Report of the Municipal Commissioner on the plague in Bombay for the year ending 31st May... - Volume 1
Disease focus: Plague
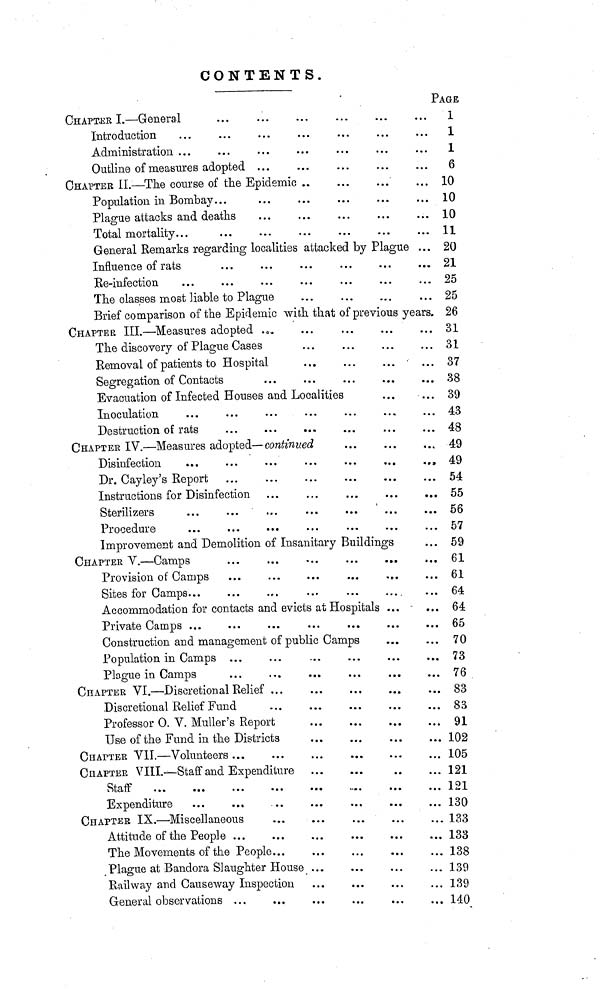
CONTENTS.
PAGE
CHAPTER I.—General
i
Introduction
...
...
...
...
...
...
... 1
Administration ...
...
...
...
...
...
... 1
Outline of measures adopted ...
...
...
...
...
6
CHAPTER II.—The course of the Epidemic ..
...
...
... 10
Population in Bombay...
10
Plague attacks and deaths
...
...
...
...
... 10
Total mortality...
...
...
...
...
...
... 11
General Remarks regarding localities attacked by Plague ... 20
Influence of rats
...
...
...
...
...
..„ 21
Ee-infection
...
...
...
...
...
...
... 25
The classes most liable to Plague
...
...
...
... 25
Brief comparison of the Epidemic with that of previous years. 26
CHAPTER III.—Measures adopted ...
...
31
The discovery of Plague Cases
31
Removal of patients to Hospital
...
...
...
... 37
Segregation of Contacts
...
...
...
...
... 38
Evacuation of Infected Houses and Localities
...
... 39
Inoculation
...
...
...
...
...
...
... 43
Destruction of rats
...
...
...
...
...
... 48
CHAPTER IV.—Measures adopted—continued
...
...
49
Disinfection
...
...
...
...
...
...
.,,49
Dr. Cayley's Report
54
Instructions for Disinfection ...
...
...
...
... 55
Sterilizers
...
...
...
...
...
...
... 56
Procedure
...
...
...
...
...
...
... 57
Improvement and Demolition of Insanitary Buildings
... 59
CHAPTER
V.—Camps
61
Provision of Camps ...
...
...
...
....
... 61
Sites for Camps...
...
...
...
...
...
... 64
Accommodation for contacts and evicts at Hospitals ...
... 64
Private Camps ...
...
...
...
...
...
... 65
Construction and management of public Camps
...
... 70
Population in Camps ...
...
...
...
...
... 73
Plague in Camps
76
CHAPTER VI.—Discretional Relief
83
Discretional Relief Fund
...
...
...
...
... 83
Professor 0. V. Muller's Report
91
Use of the Fund in the Districts
...
...
...
... 102
CHAPTER VII.—Volunteers...
...
...
...
...
... 105
CHAPTER VIII.—Staff and Expenditure
121
Staff
121
Expenditure
130
CHAPTER IX.—Miscellaneous
133
Attitude of the People ...
...
...
...
...
... 133
The Movements of the People...
...
...
...
... 138
Plague at Bandera Slaughter House
139
Railway and Causeway Inspection
...
...
...
... 139
General observations
140